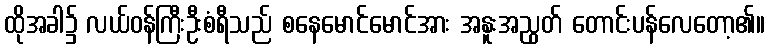
ထိုအခါ၌ လယ်ဝန်ကြီးဦးစံရီသည် စနေမောင်မောင်အား အနူးအညွတ် တောင်းပန်လေတော့၏။